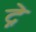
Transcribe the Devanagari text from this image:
द्ने